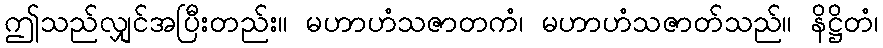
ဤသည်လျှင်အပြီးတည်း။ မဟာဟံသဇာတကံ၊ မဟာဟံသဇာတ်သည်။ နိဋ္ဌိတံ၊